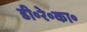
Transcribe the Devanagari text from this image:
डी॰रे॰का॰